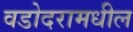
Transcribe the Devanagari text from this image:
वडोदरामधील